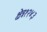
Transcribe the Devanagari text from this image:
क्षेत्र१२४३